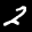
Label: 2